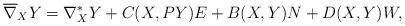
LaTeX: \begin{align*} \overline{\nabla}_{X}Y=\nabla^{*}_{X}Y + C(X,PY)E+B(X,Y)N+D(X,Y)W,\end{align*}